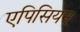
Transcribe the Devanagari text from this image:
एपिसियन